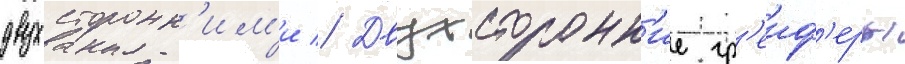
двухсторонн'им'и // Двухсторонн'ие гр'еиф'еры